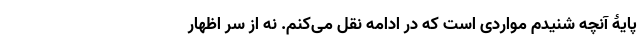
پایۀ آنچه شنیدم مواردی است که در ادامه نقل می‌کنم. نه از سر اظهار